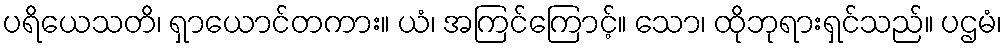
ပရိယေသတိ၊ ရှာယောင်တကား။ ယံ၊ အကြင်ကြောင့်။ သော၊ ထိုဘုရားရှင်သည်။ ပဌမံ၊